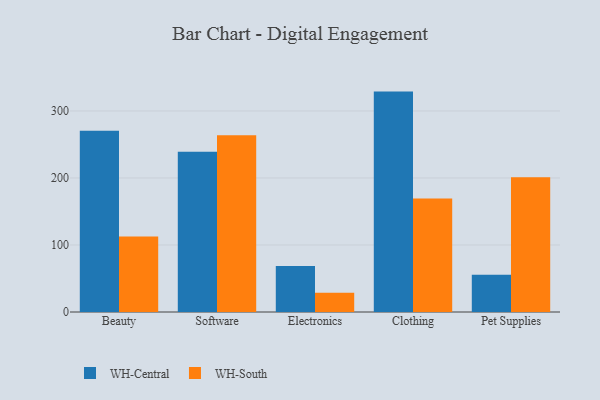
{"axis": {"x": "Category", "y": "Temperature (°C)"}, "legend": ["WH-Central", "WH-South"], "data": [{"x": "Beauty", "y": 270.5, "type": "WH-Central"}, {"x": "Beauty", "y": 112.7, "type": "WH-South"}, {"x": "Software", "y": 239.1, "type": "WH-Central"}, {"x": "Software", "y": 263.9, "type": "WH-South"}, {"x": "Electronics", "y": 68.5, "type": "WH-Central"}, {"x": "Electronics", "y": 28.7, "type": "WH-South"}, {"x": "Clothing", "y": 328.9, "type": "WH-Central"}, {"x": "Clothing", "y": 169.2, "type": "WH-South"}, {"x": "Pet Supplies", "y": 55.7, "type": "WH-Central"}, {"x": "Pet Supplies", "y": 200.9, "type": "WH-South"}]}